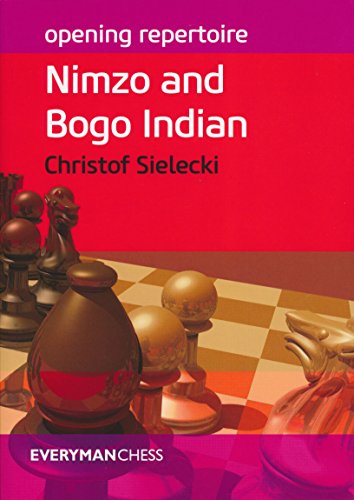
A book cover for Opening Repertoire: Nimzo and Bogo Indian (Everyman Chess-Opening Repertoire); Christof Sielecki; Humor & Entertainment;